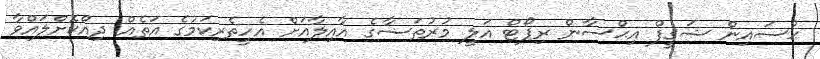
ޙުސައިން ޝަޤީފް އިޙްސާން ރިޕޯޓް އަލީ މުރުތަޟާގެ އާއިލާއަށް އެހީތެރިކަމުގެ އަތެއް ދިއްކޮށްލައްވާ